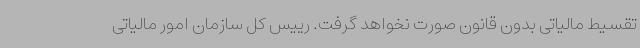
تقسیط مالیاتی بدون قانون صورت نخواهد گرفت. رییس کل سازمان امور مالیاتی